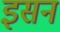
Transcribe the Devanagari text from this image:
इसन